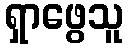
ရှာဖွေသူ